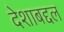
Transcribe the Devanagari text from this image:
देशाबद्दल